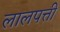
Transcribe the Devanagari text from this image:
लालपत्ती